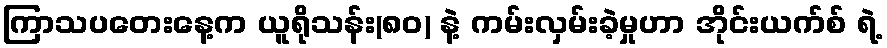
ကြာသပတေးနေ့က ယူရိုသန်း(၈၀) နဲ့ ကမ်းလှမ်းခဲ့မှုဟာ အိုင်းယက်စ် ရဲ့